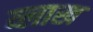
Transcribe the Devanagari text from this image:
व्लाख